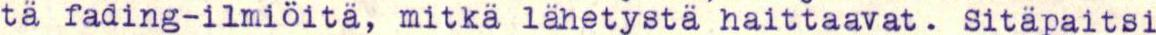
tä fading-ilmiöitä, mitkä lähetystä haittaavat. Sitäpaitsi